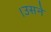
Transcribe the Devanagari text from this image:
।उसने